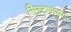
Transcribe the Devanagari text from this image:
सिस्टम्सच्या